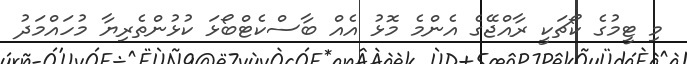
މި ޓީމުގެ ކޯޗަކީ ރާއްޖޭގެ އެންމެ މޮޅު އެއް ބާސްކެޓްބޯޅަ ކުޅުންތެރިޔާ މުހައްމަދު